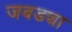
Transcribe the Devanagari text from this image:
जबड्या